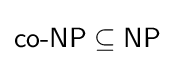
{\textsf {co-NP}}\subseteq {\textsf {NP}}